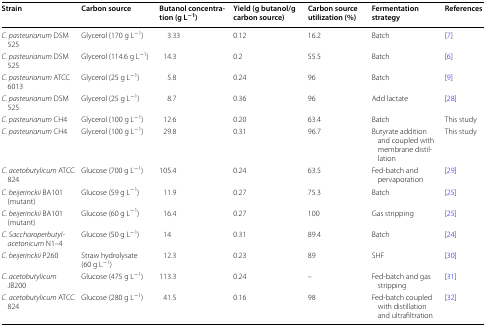
<table><thead><tr><td><b>Strain</b></td><td><b>Carbon source</b></td><td><b>Butanol concentration (g L<sup>−1</sup>)</b></td><td><b>Yield (g butanol/g carbon source)</b></td><td><b>Carbon source utilization (%)</b></td><td><b>Fermentation strategy</b></td><td><b>References</b></td></tr></thead><tbody><tr><td><i>C. pasteurianum</i> DSM 525</td><td>Glycerol (170 g L<sup>−1</sup>)</td><td>3.33</td><td>0.12</td><td>16.2</td><td>Batch</td><td>[7]</td></tr><tr><td><i>C. pasteurianum</i> DSM 525</td><td>Glycerol (114.6 g L<sup>−1</sup>)</td><td>14.3</td><td>0.2</td><td>55.5</td><td>Batch</td><td>[6]</td></tr><tr><td><i>C. pasteurianum</i> ATCC 6013</td><td>Glycerol (25 g L<sup>−1</sup>)</td><td>5.8</td><td>0.24</td><td>96</td><td>Batch</td><td>[9]</td></tr><tr><td><i>C. pasteurianum</i> DSM 525</td><td>Glycerol (25 g L<sup>−1</sup>)</td><td>8.7</td><td>0.36</td><td>96</td><td>Add lactate</td><td>[28]</td></tr><tr><td><i>C. pasteurianum</i> CH4</td><td>Glycerol (100 g L<sup>−1</sup>)</td><td>12.6</td><td>0.20</td><td>63.4</td><td>Batch</td><td>This study</td></tr><tr><td><i>C. pasteurianum</i> CH4</td><td>Glycerol (100 g L<sup>−1</sup>)</td><td>29.8</td><td>0.31</td><td>96.7</td><td>Butyrate addition and coupled with membrane distillation</td><td>This study</td></tr><tr><td><i>C. acetobutylicum</i> ATCC 824</td><td>Glucose (700 g L<sup>−1</sup>)</td><td>105.4</td><td>0.24</td><td>63.5</td><td>Fed-batch and pervaporation</td><td>[29]</td></tr><tr><td><i>C. beijerinckii</i> BA101 (mutant)</td><td>Glucose (59 g L<sup>−1</sup>)</td><td>11.9</td><td>0.27</td><td>75.3</td><td>Batch</td><td>[25]</td></tr><tr><td><i>C. beijerinckii</i> BA101 (mutant)</td><td>Glucose (60 g L<sup>−1</sup>)</td><td>16.4</td><td>0.27</td><td>100</td><td>Gas stripping</td><td>[25]</td></tr><tr><td><i>C. Saccharoperbutylacetonicum</i> N1–4</td><td>Glucose (50 g L<sup>−1</sup>)</td><td>14</td><td>0.31</td><td>89.4</td><td>Batch</td><td>[24]</td></tr><tr><td><i>C. beijerinckii</i> P260</td><td>Straw hydrolysate (60 g L<sup>−1</sup>)</td><td>12.3</td><td>0.23</td><td>89</td><td>SHF</td><td>[30]</td></tr><tr><td><i>C. acetobutylicum</i> JB200</td><td>Glucose (475 g L<sup>−1</sup>)</td><td>113.3</td><td>0.24</td><td>–</td><td>Fed-batch and gas stripping</td><td>[31]</td></tr><tr><td><i>C. acetobutylicum</i> ATCC 824</td><td>Glucose (280 g L<sup>−1</sup>)</td><td>41.5</td><td>0.16</td><td>98</td><td>Fed-batch coupled with distillation and ultrafiltration</td><td>[32]</td></tr></tbody></table>